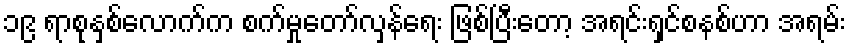
၁၉ ရာစုနှစ်လောက်က စက်မှုတော်လှန်ရေး ဖြစ်ပြီးတော့ အရင်းရှင်စနစ်ဟာ အရမ်း